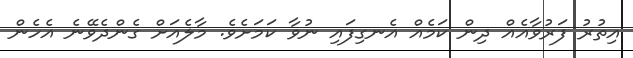
އިތުރު ފަރުވާއެއް ދިން ކަމެއް އެނގިފައި ނުވާ ކަމަށެވެ. މާލެއަށް ގެންދެވޭނެ އެހެން